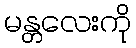
မန္တလေးကို